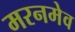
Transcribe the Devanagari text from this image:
मरनमेव